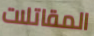
المقاتلات